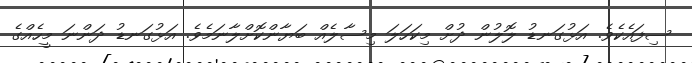
ސިފައެކެވެ. އަޅުގަނޑު ލޮލުން ދުށް މިކަހަލަ މިސާލެއް ބަޔާންކޮށްލާނަމެވެ. އަޅުގަނޑު ދަންނަ މީހެއްގެ